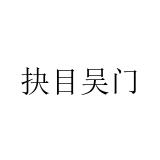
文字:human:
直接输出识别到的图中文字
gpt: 抉目吴门